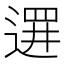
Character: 𲅦